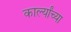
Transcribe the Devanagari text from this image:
कार्ल्यांच्या